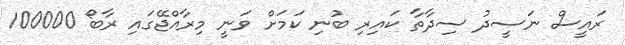
ރައީސް ނަސީދު ސިދާތާ ކައިރި ބުނި ކަމަަށް ވަނީ މިރާއްޖޭގައި ރާބޯ 100000